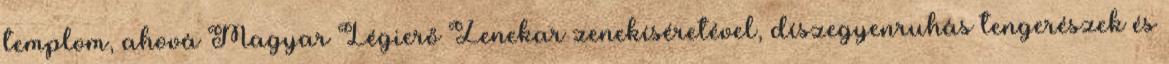
templom, ahová Magyar Légierő Zenekar zenekíséretével, díszegyenruhás tengerészek és